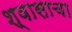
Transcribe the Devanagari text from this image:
श्वासाचा